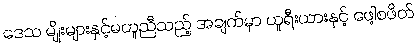
ဒေသ မျိုးများနှင့်မတူညီသည့် အချက်မှာ ယူရီးယားနှင့် ဖေါ့စဖိတ်